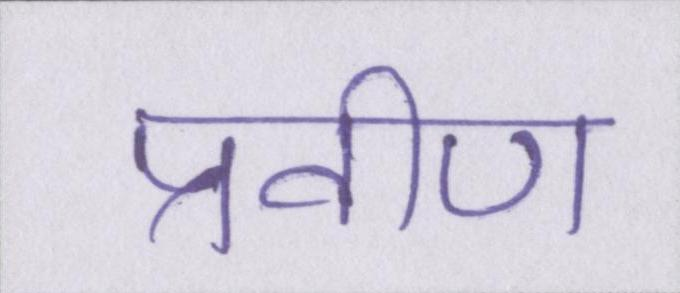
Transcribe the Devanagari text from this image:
प्रवीण